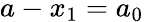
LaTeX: a-x_{1}=a_{0}